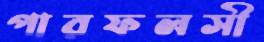
পারফলসী